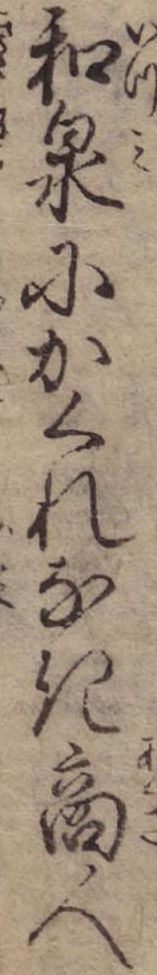
和泉にかくれなき商人